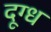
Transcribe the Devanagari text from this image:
दूग्ध